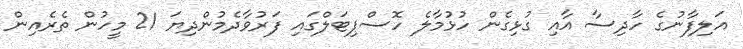
އަލިފާނުގެ ހާދިސާ އާއި ގުޅިގެން ހުޅުމާލެ ހޮސްޕިޓަލްގައި ފަރުވާދެމުންދިޔަ 21 މީހުން ތެރެއިން